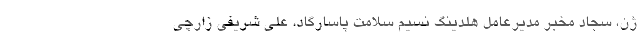
ژن، سجاد مخبر مدیرعامل هلدینگ نسیم سلامت پاسارگاد، علی شریفی زارچی